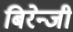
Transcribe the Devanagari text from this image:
बिरेन्जी